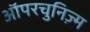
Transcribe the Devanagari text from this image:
ऑपरचुनिज़्म